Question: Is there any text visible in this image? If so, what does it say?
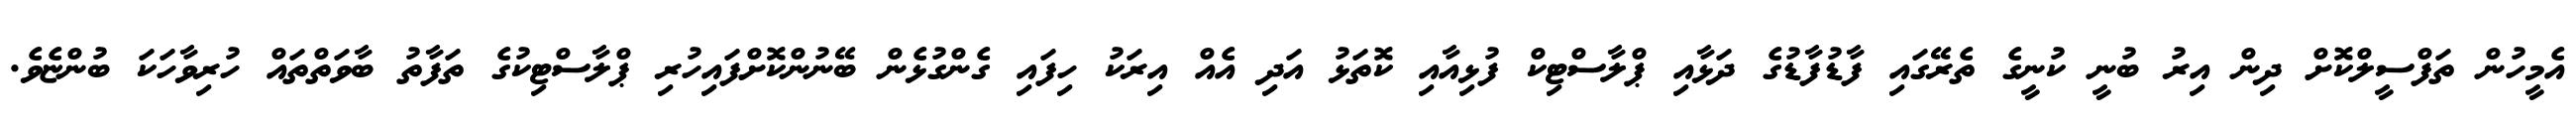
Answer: އެމީހުން ތަފްސީލްކޮށް ދިން އިރު ބުނީ ކުނީގެ ތެރޭގައި ފާޑުފާޑުގެ ދަޅާއި ޕްލާސްޓިކް ފުޅިއާއި ކޮތަޅު އަދި އެއް އިރަކު ހިފައި ގެންގުޅެން ބޭނުންކޮށްފައިހުރި ޕްލާސްޓިކުގެ ތަފާތު ބާވަތްތައް ހުރިވާހަކަ ބުންޏެވެ.